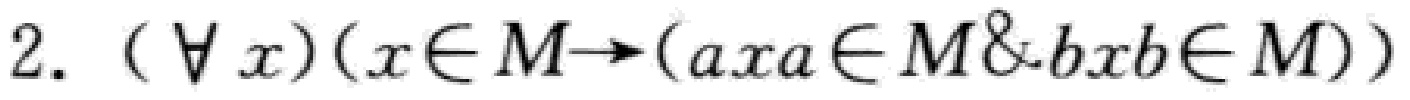
$2. (\forall x)(x\in M\rightarrow(axa\in M\&bxb\in M))$